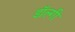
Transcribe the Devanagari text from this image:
डॉल्गी